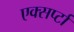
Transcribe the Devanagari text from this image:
एक्सर्प्टा